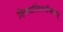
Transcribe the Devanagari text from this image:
विषयविषमौषधम्